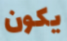
يكون